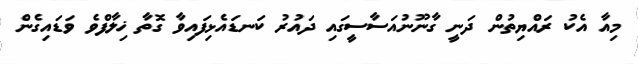
މިއާ އެކު ރައްޔިތުން ދަނީ ގާނޫނުއަސާސީގައި ދައުރު ކަނޑައެޅިފައިވާ ގޮތާ ޚިލާފްވެ ވަޑައިގެން